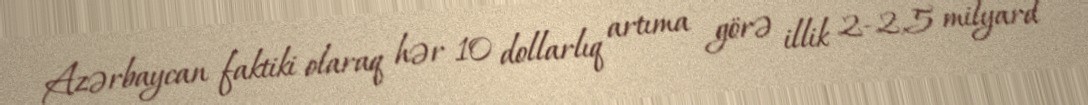
Azərbaycan faktiki olaraq hər 10 dollarlıq artıma görə illik 2-2,5 milyard